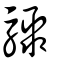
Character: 驟